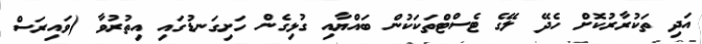
އަދި ތަކުރާރުކޮށް ހެދޭ ލޭގެ ޓެސްޓްތަކަކުން ބައްޔާއި ގުޅިގެން ހަށިގަނޑުގައި އިތުރުވާ (ވައިރަސް